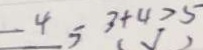
4 5 3 + 4 > 5